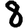
Digit: 8